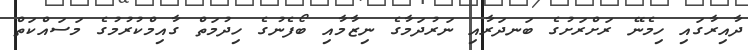
ދާއިރާގައި ހިމެނޭ ރަށްރަށުގެ ބަނދަރާއި ނަރުދަމާގެ ނިޒާމާއި ބޯފެނުގެ ހިދުމަތް ގާއިމްކުރުމުގެ މަސައްކަތް